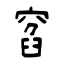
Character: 窞